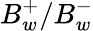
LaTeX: B_{w}^{+}/B_{w}^{-}